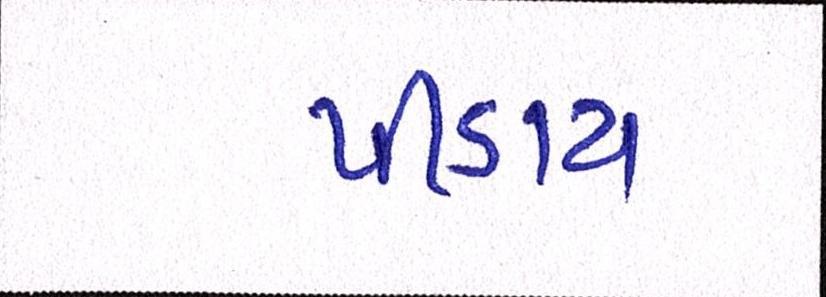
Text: પીડાય